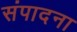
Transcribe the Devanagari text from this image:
संपादना